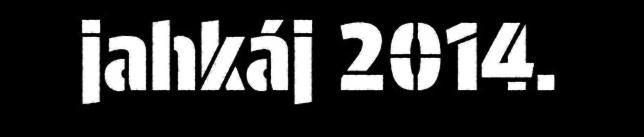
jahkáj 2014.